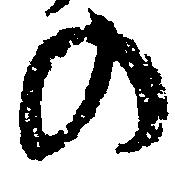
の